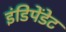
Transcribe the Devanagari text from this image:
इंडिपेंडेट